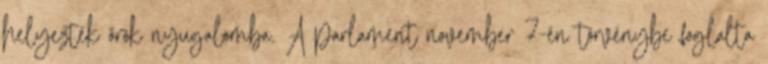
helyezték örök nyugalomba. A parlament november 7-én törvénybe foglalta